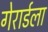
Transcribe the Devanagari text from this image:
गेरार्डला